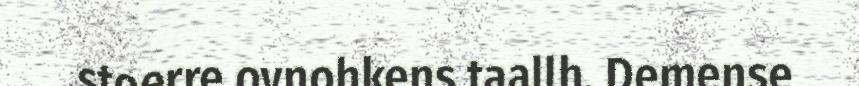
stoerre ovnohkens taallh. Demense